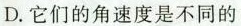
D.它们的角速度是不同的